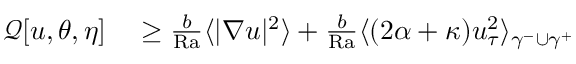
\begin{array} { r l } { \mathcal { Q } [ u , \theta , \eta ] } & { { } \geq \frac { b } { \mathrm { { R a } } } \langle | \nabla u | ^ { 2 } \rangle + \frac { b } { \mathrm { { R a } } } \langle ( 2 \alpha + \kappa ) u _ { \tau } ^ { 2 } \rangle _ { \gamma ^ { - } \cup \gamma ^ { + } } } \end{array}